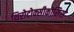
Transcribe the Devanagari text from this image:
थिरोटोक्सीकोसिस